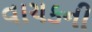
વાચકની